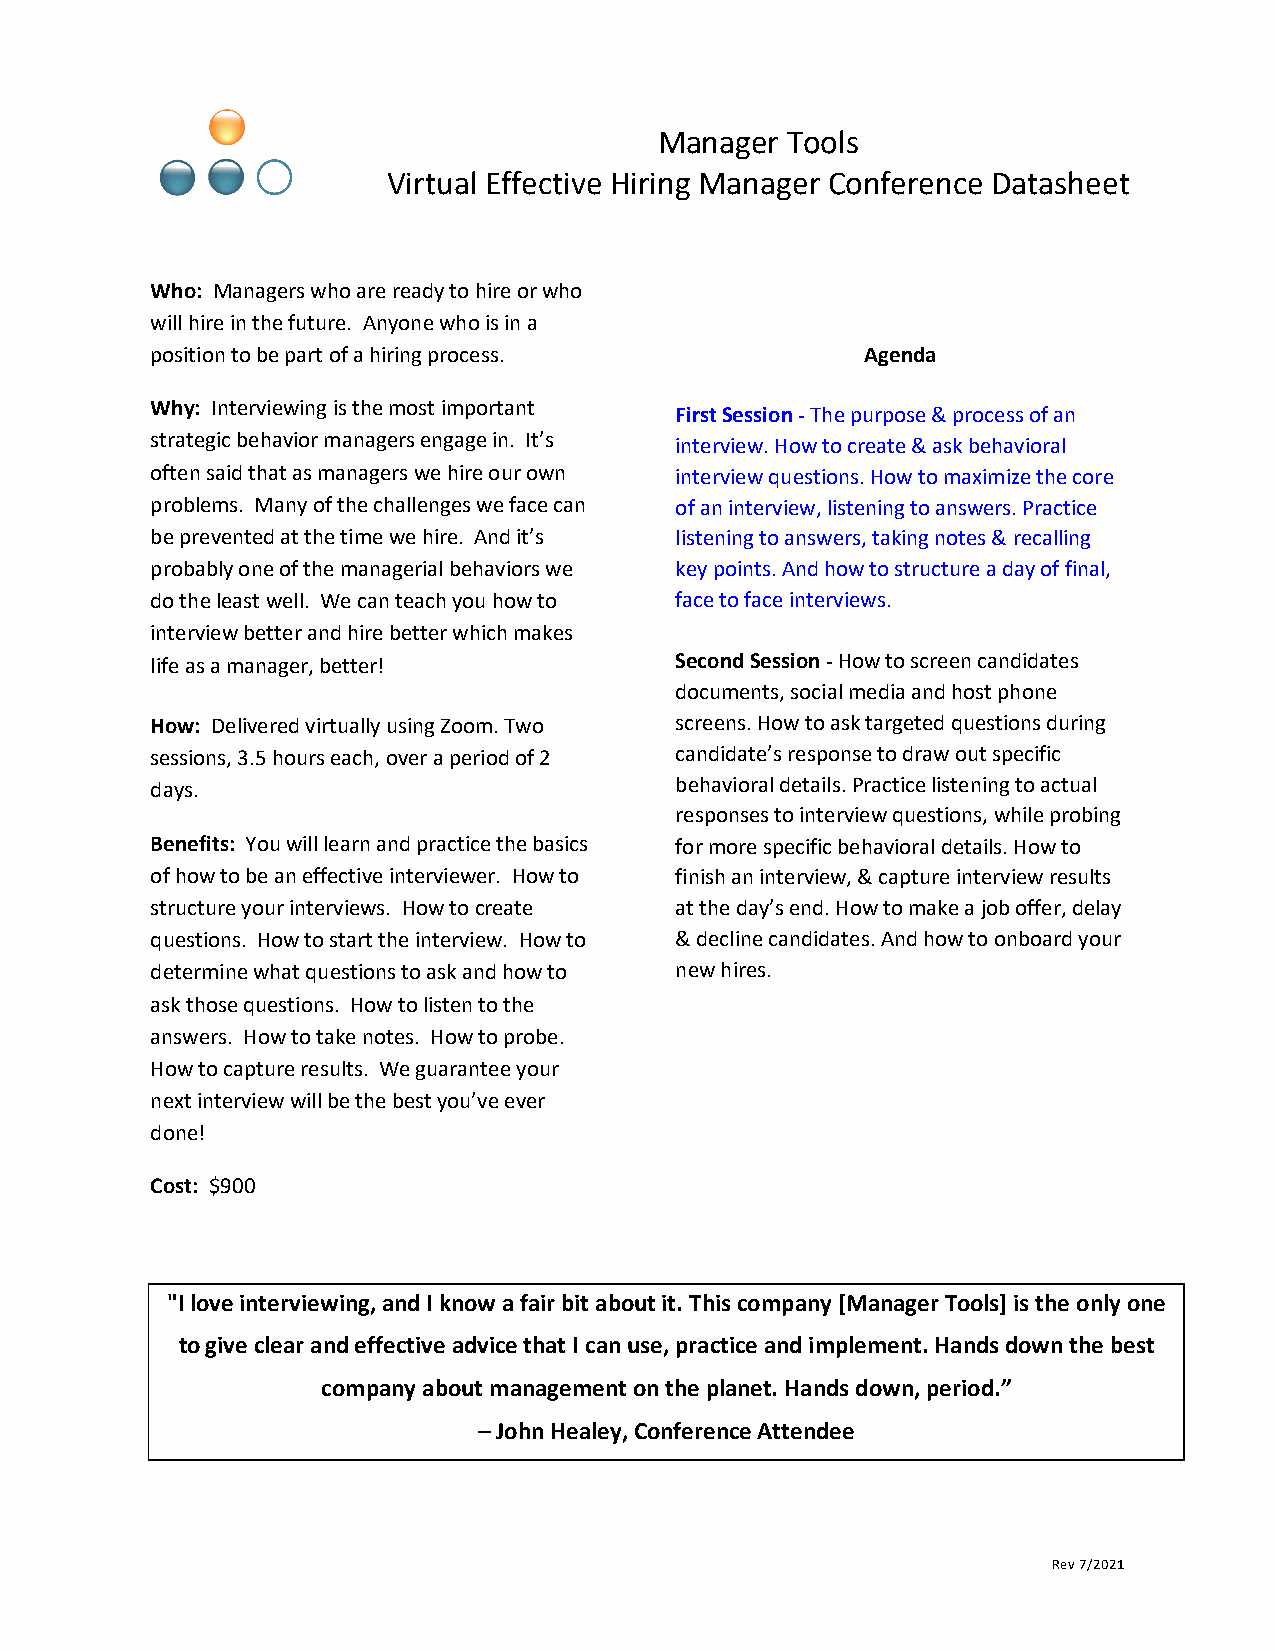
Manager Tools
 Virtual Effective Hiring Manager Conference Datasheet
 Who: Managers who are ready to hire or who
 will hire in the future. Anyone who is in a
 position to be part of a hiring process.       Agenda
 Why: Interviewing is the most important
 First Session - The purpose & process of an
 strategic behavior managers engage in. It’s interview. How to create & ask behavioral
 often said that as managers we hire our own interview questions. How to maximize the core
 problems. Many of the challenges we face can of an interview, listening to answers. Practice
 be prevented at the time we hire. And it’s listening to answers, taking notes & recalling
 probably one of the managerial behaviors we key points. And how to structure a day of final,
 do the least well. We can teach you how to face to face interviews.
 interview better and hire better which makes
 life as a manager, better!         Second Session - How to screen candidates
 documents, social media and host phone
 How: Delivered virtually using Zoom. Two screens. How to ask targeted questions during
 sessions, 3.5 hours each, over a period of 2 candidate’s response to draw out specific
 days.                              behavioral details. Practice listening to actual
 responses to interview questions, while probing
 Benefits: You will learn and practice the basics for more specific behavioral details. How to
 of how to be an effective interviewer. How to finish an interview, & capture interview results
 structure your interviews. How to create at the day’s end. How to make a job offer, delay
 questions. How to start the interview. How to & decline candidates. And how to onboard your
 determine what questions to ask and how to new hires.
 ask those questions. How to listen to the
 answers. How to take notes. How to probe.
 How to capture results. We guarantee your
 next interview will be the best you’ve ever
 done!
 Cost: $900
 "I love interviewing, and I know a fair bit about it. This company [Manager Tools] is the only one
 to give clear and effective advice that I can use, practice and implement. Hands down the best
 company about management on the planet. Hands down, period.”
 – John Healey, Conference Attendee
 Rev 7/2021